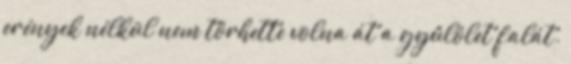
erények nélkül nem törhette volna át a gyûlölet falát.